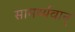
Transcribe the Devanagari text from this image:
सामर्थ्यवान्